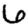
Digit: 6